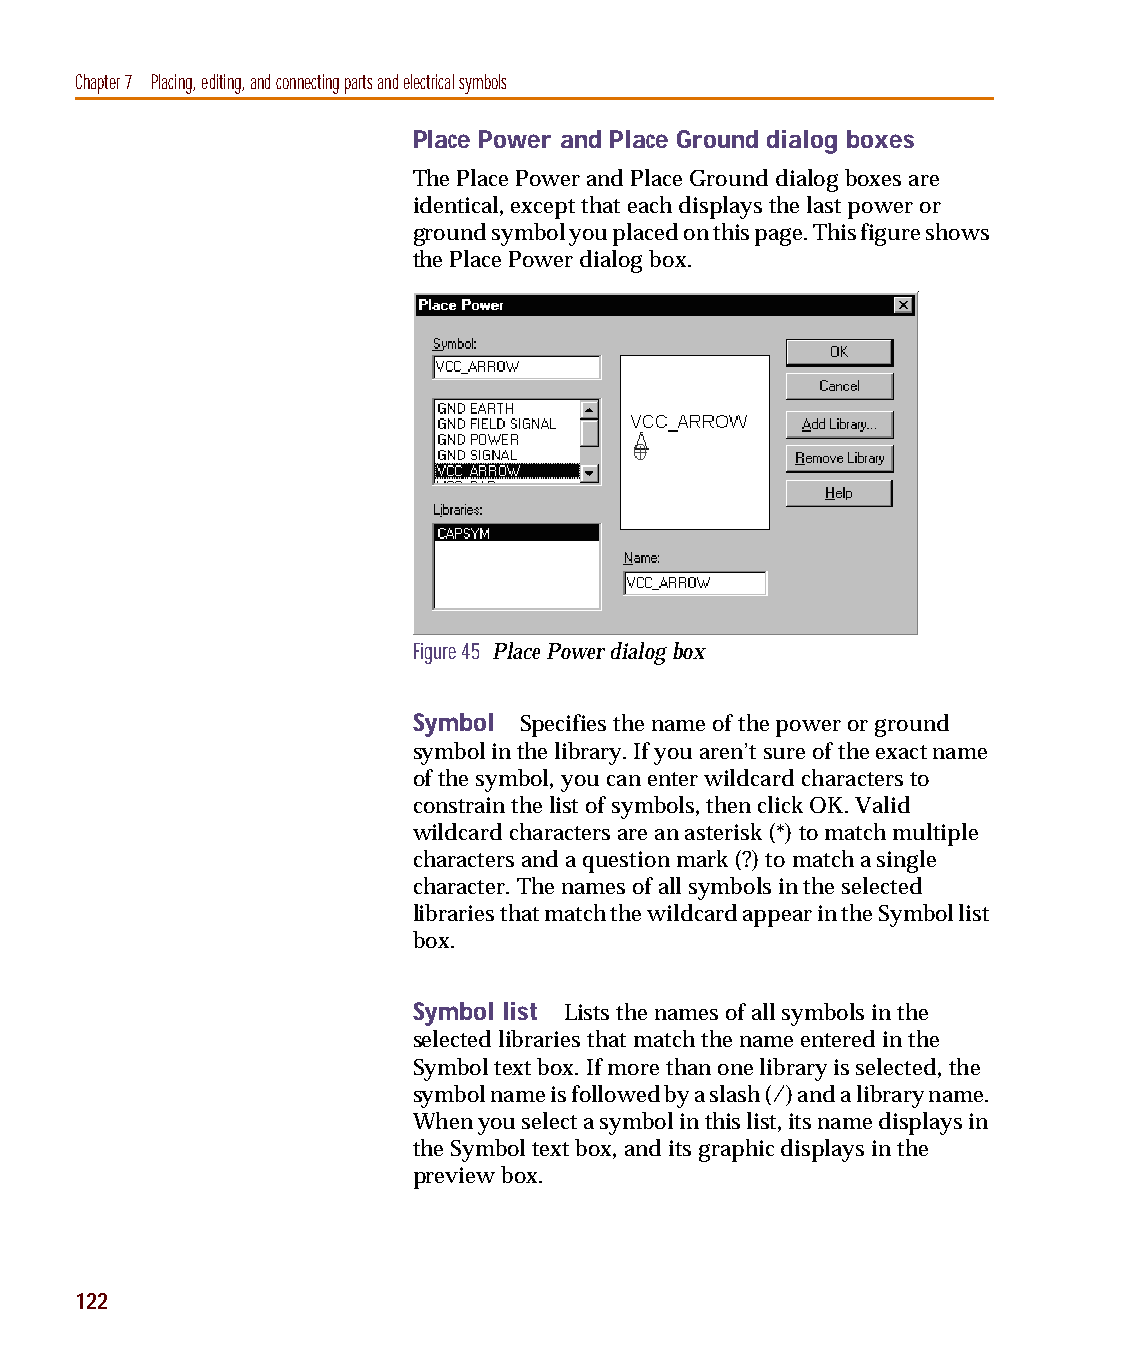
capug.book Page 122 Thursday, November 12, 1998 3:38 PM
 Chapter 7 Placing, editing, and connecting parts and electrical symbols
 Place Power and Place Ground dialog boxes
 The Place Power and Place Ground dialog boxes are
 identical, except that each displays the last power or
 ground symbol you placed on this page. This figure shows
 the Place Power dialog box.
 Figure 45 Place Power dialog box
 Symbol Specifies the name of the power or ground
 symbol in the library. If you aren’t sure of the exact name
 of the symbol, you can enter wildcard characters to
 constrain the list of symbols, then click OK. Valid
 wildcard characters are an asterisk (*) to match multiple
 characters and a question mark (?) to match a single
 character. The names of all symbols in the selected
 libraries that match the wildcard appear in the Symbol list
 box.
 Symbol list Lists the names of all symbols in the
 selected libraries that match the name entered in the
 Symbol text box. If more than one library is selected, the
 symbol name is followed by a slash (/) and a library name.
 When you select a symbol in this list, its name displays in
 the Symbol text box, and its graphic displays in the
 preview box.
 122